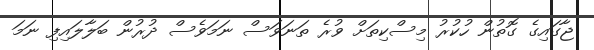
ޖާގައިގެ ގޮތުން ހުކުރު މިސްކިތަށް ވުރެ ތަނަވަސް ނަމަވެސް ދުރުން ބަލާލައިފި ނަމަ